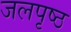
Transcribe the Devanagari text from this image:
जलपृष्ठ